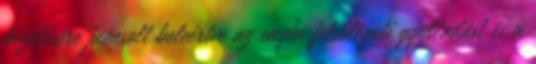
kezelésére javasolt beleértve az enyhe felsőlégúti gyulladást és a